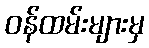
ဝန်ထမ်းများမှ